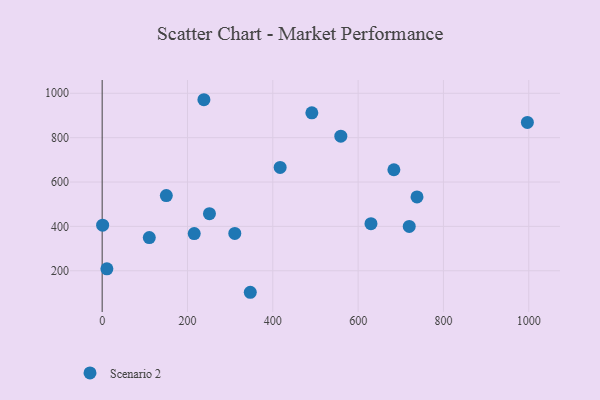
{"axis": {"x": "Investment", "y": "Exam Score"}, "legend": ["Scenario 2"], "data": [{"x": "491.5", "y": 912.1, "type": "Scenario 2"}, {"x": "110.5", "y": 349.7, "type": "Scenario 2"}, {"x": "417.2", "y": 665.6, "type": "Scenario 2"}, {"x": "719.8", "y": 399.9, "type": "Scenario 2"}, {"x": "559.4", "y": 806.7, "type": "Scenario 2"}, {"x": "215.8", "y": 367.6, "type": "Scenario 2"}, {"x": "150.4", "y": 539.0, "type": "Scenario 2"}, {"x": "630.1", "y": 412.3, "type": "Scenario 2"}, {"x": "683.8", "y": 655.4, "type": "Scenario 2"}, {"x": "1.1", "y": 405.4, "type": "Scenario 2"}, {"x": "11.1", "y": 208.9, "type": "Scenario 2"}, {"x": "347.2", "y": 103.0, "type": "Scenario 2"}, {"x": "251.5", "y": 457.5, "type": "Scenario 2"}, {"x": "738.0", "y": 533.0, "type": "Scenario 2"}, {"x": "996.7", "y": 868.8, "type": "Scenario 2"}, {"x": "310.9", "y": 368.1, "type": "Scenario 2"}, {"x": "238.5", "y": 971.0, "type": "Scenario 2"}]}